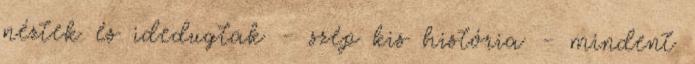
néztek és idedugtak - szép kis história - mindent